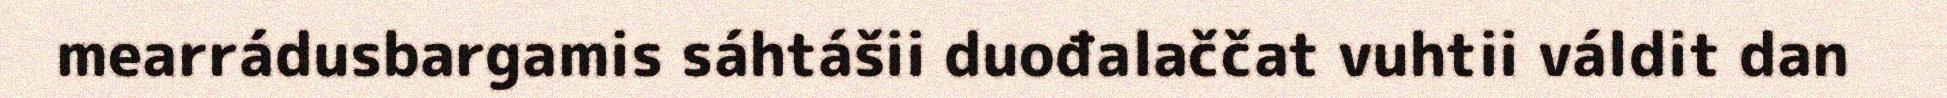
mearrádusbargamis sáhtášii duođalaččat vuhtii váldit dan